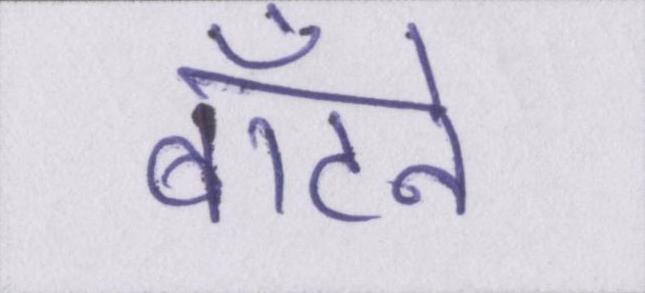
बाँटने